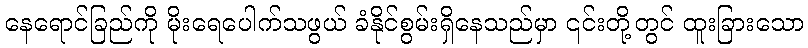
နေရောင်ခြည်ကို မိုးရေပေါက်သဖွယ် ခံနိုင်စွမ်းရှိနေသည်မှာ ၎င်းတို့တွင် ထူးခြားသော